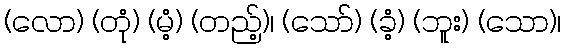
(လော) (တုံ) (မံ့) (တည့်)၊ (သော်) (ခံ့) (ဘူး) (သော)၊